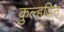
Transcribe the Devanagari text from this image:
कुल्‍हड़िन